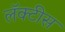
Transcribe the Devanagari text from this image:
लॅक्‍टीस